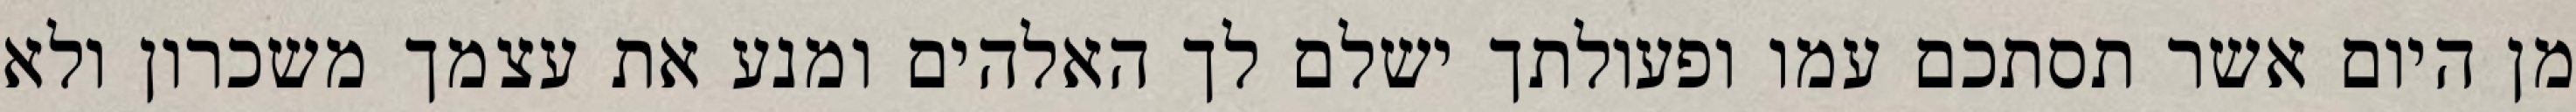
מן היום אשר תסתכם עמו ופעולתך ישלם לך האלהים ומנע את עצמך משכרון ולא